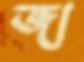
জা